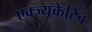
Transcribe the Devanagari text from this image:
एक्ज्यूकेटिव